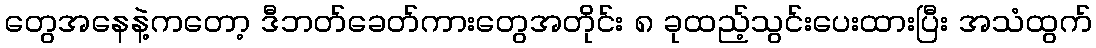
တွေအနေနဲ့ကတော့ ဒီဘတ်ခေတ်ကားတွေအတိုင်း ၈ ခုထည့်သွင်းပေးထားပြီး အသံထွက်